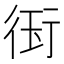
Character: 𭹊